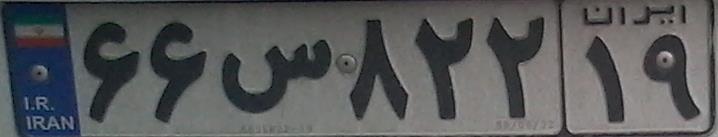
۶۶س۸۲۲۱۹